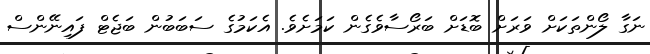
ނަގާ ލޯންތަކަށް ވަރަށް ބޮޑަށް ބަރޯސާވެގެން ކަމަށެވެ. އެކަމުގެ ސަބަބުން ބަޖެޓް ފައިނޭންސް